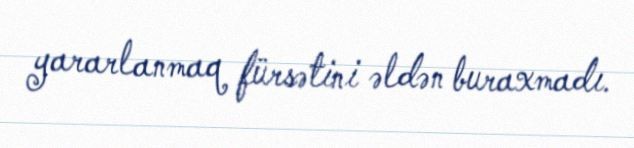
yararlanmaq fürsətini əldən buraxmadı.